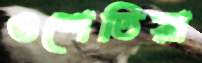
ওশেতিয়া